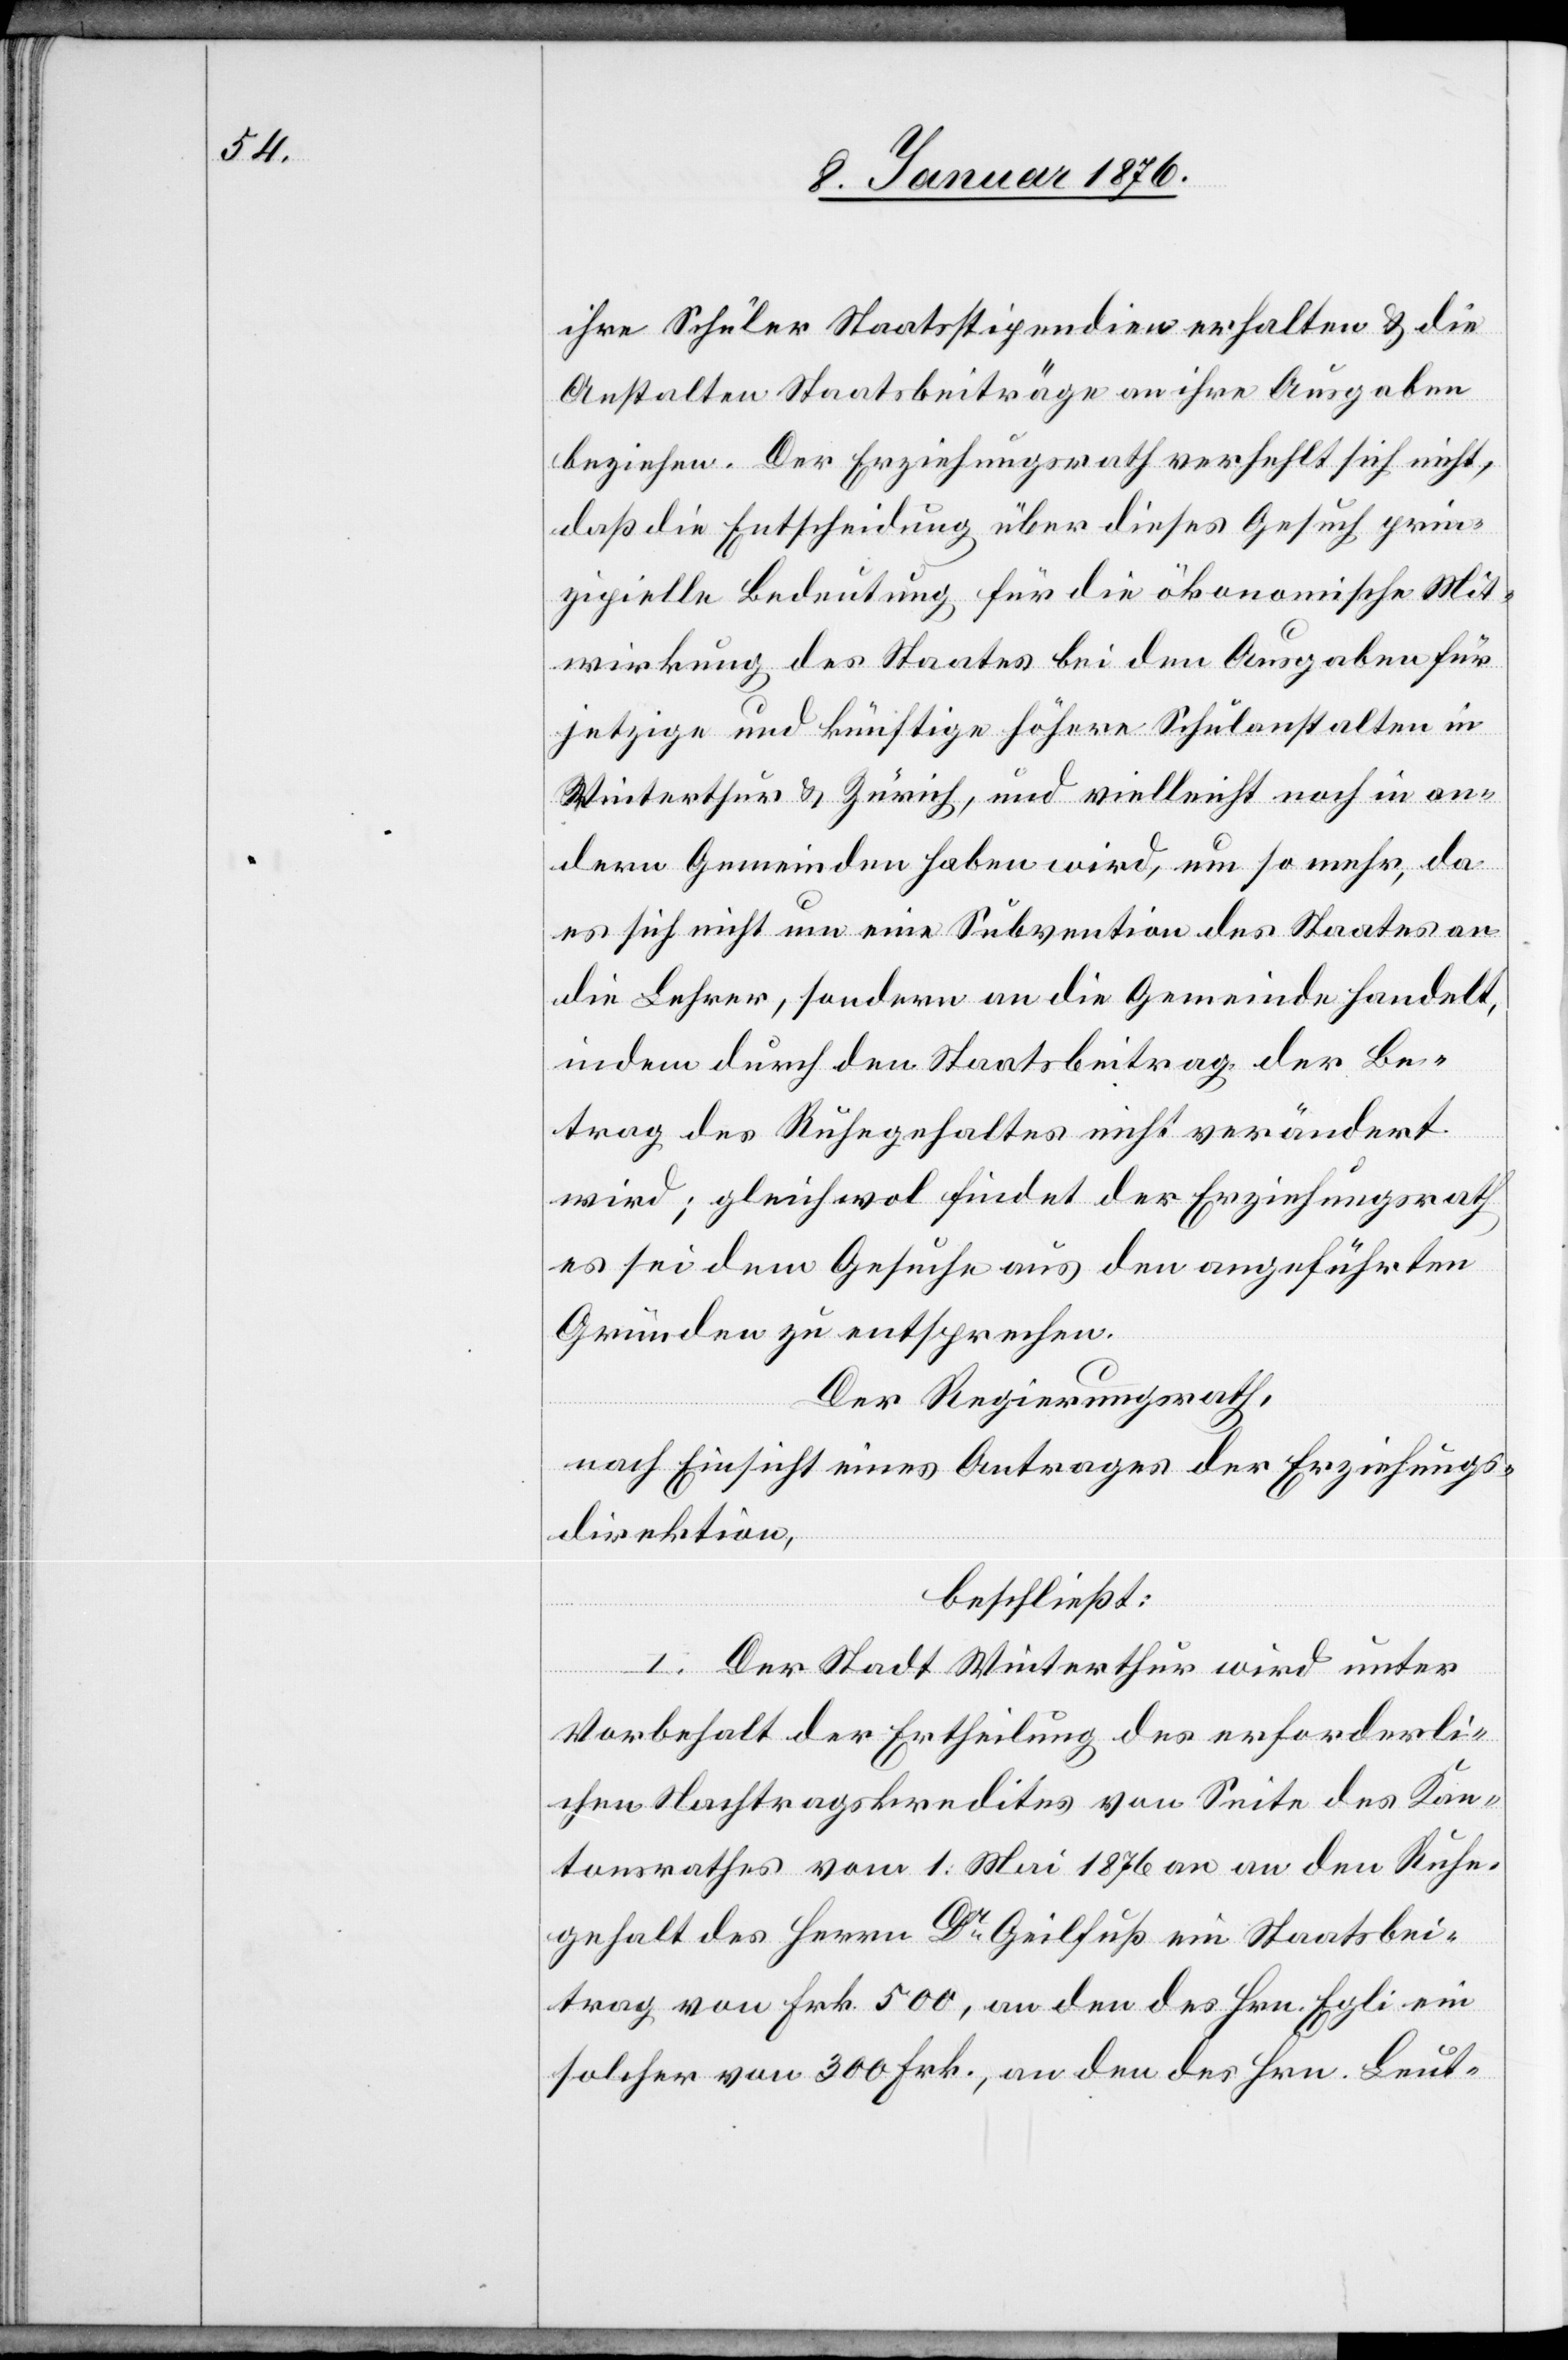
ihre Schüler Staatsstipendien erhalten u. die
Anstalten Staatsbeiträge an ihre Ausgaben
beziehen. Der Erziehungsrath verhehlt sich nicht,
daß die Entscheidung über dieses Gesuch prin¬
zipielle Bedeutung für die ökonomische Mit¬
wirkung des Staates bei den Ausgaben für
jetzige und künftige höhere Schulanstalten in
Winterthur u. Zürich, und vielleicht noch in an¬
dern Gemeinden haben wird, um so mehr, da
es sich nicht um eine Subvention des Staates an
die Lehrer, sondern an die Gemeinde handelt,
indem durch den Staatsbeitrag der Be¬
trag des Ruhegehaltes nicht verändert
wird; gleichwol findet der Erziehungsrath
es sei dem Gesuche aus den angeführten
Gründen zu entsprechen.
Der Regierungsrath,
nach Einsicht eines Antrages der Erziehungs¬
direktion,
beschließt:
I. Der Stadt Winterthur wird unter
Vorbehalt der Ertheilung des erforderli¬
chen Nachtragskredites von Seite des Kan¬
tonsrathes vom 1. Mai 1876 an an den Ruhe¬
gehalt des Herrn Dr. Geilfuß ein Staatsbei¬
trag von Frk. 500, an den des Hrn. Egli ein
solcher von 300 Frk., an den des Hrn. Leut-